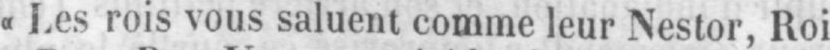
«Les rois vous saluent comme leur Nestor, Roi